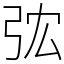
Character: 𢏐